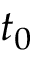
t _ { 0 }